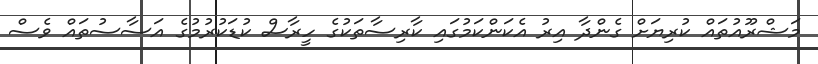
މަޝްރޫއުތައް ކުރިޔަށް ގެންދާ އިރު އެކަންކަމުގައި ކާރިސާތަކުގެ ހީރާސް ކުޑަކުރުމުގެ އަސާސުތައް ވެސް